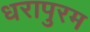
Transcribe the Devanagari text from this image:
धरापुरम